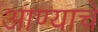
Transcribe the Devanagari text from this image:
आण्याचे